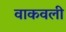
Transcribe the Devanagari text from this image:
वाकवली